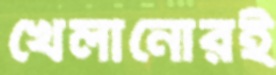
খেলানোরই